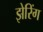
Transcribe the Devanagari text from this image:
झेरिंग